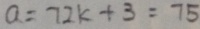
a = 7 2 k + 3 = 7 5